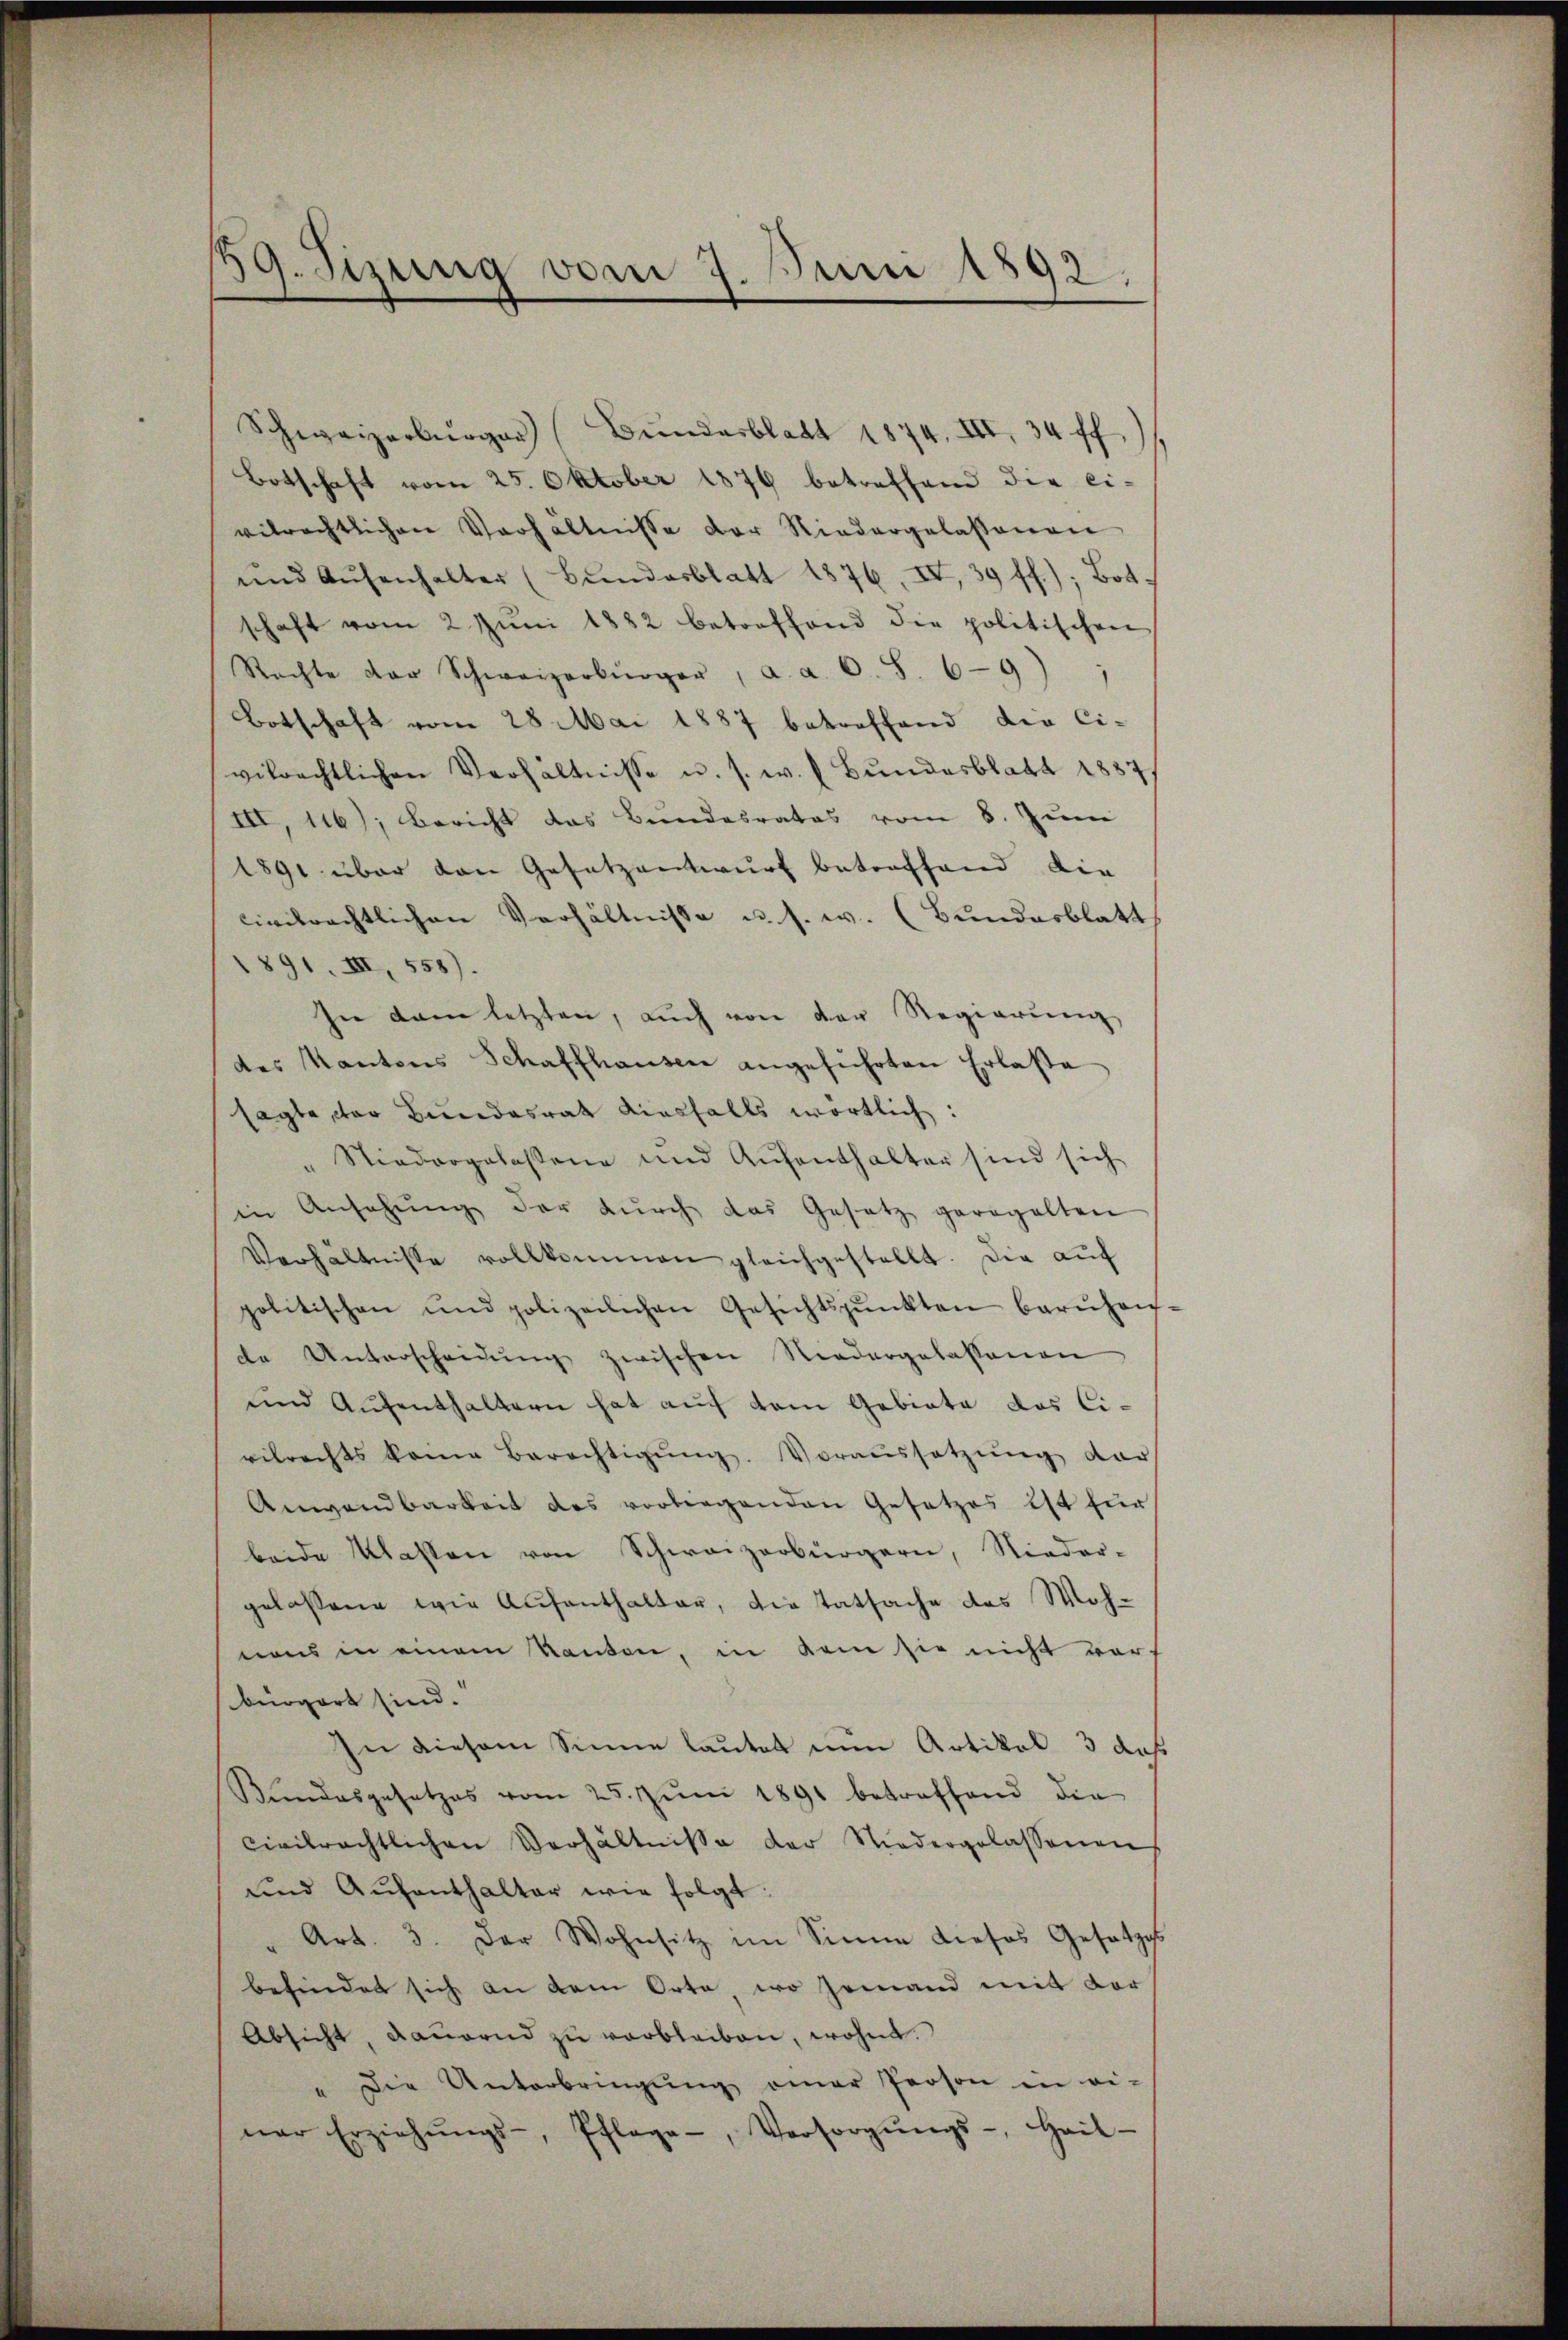
59. Sizung vom 7. Juni 1892.

Schweizerbürger (Bundesblatt 1874. III, 34 ff.
Botschaft vom 25. Oktober 1876 betreffend die ei-
vilrechtlichen Verhältnisse der Niedergelassenen
und Aŭfenhalter (Bŭndesblatt 1876, IV, 39 ff.); Bot.
schaft vom 2. Jŭni 1882 betreffend die politischen
Rechte der Schweizerbürger, a. a. O. S. 69)
Botschaft vom 28. Mai 1887 betreffend die Ci-
vilrechtlichen Verhältnisse u. s. w. Bundesblatt 1857/
III, 116); Bericht das Bundesrates vom 8. Juni
1891 über den Gesetzentwurf betreffend die
civilrechtlichen Verhältnisse u. s. w. (Bundesblatt
1891. III, 558).
In dem letzten, auch von der Regierung
des Kantons Schaffhausen angeführten Erlasse
sagte, der Bundesrat diesfalls wortlich:
" Niedergelassene und Aŭfenthalter sind sich
in Ansehung der durch das Gesetz geregelten
Verhältnisse vollkommen gleichgestellt. Die aŭf
politischen und polizeilichen Gesichtspunkten barŭhon-
de Unterscheidŭng zwischen Niedergelassenen
und Aufenthaltern hat auf dem Gebiete das Civilrechts keine Berechtigŭng. Voraŭssetzŭng der
Anwandbarkeit des vortragenden Gesetzes ist für
beide Massen von Schweizerbürgern, Nieder-
gelassene wie Aufenthalter, die Tatsache des Wohnons in einem Kanton, in kam sie nicht wor
bürgert sind.
In diesem Sinne lautet nun Artikel 3 das
Bŭndesgesetzes vom 25. Jŭni 1891 betreffend die
civilrechtlichen Verhältnisse der Niedergelassenen
und Aŭfenthalter wie folgt:
Art. 3. Der Wohnsitz im Sinne dieses Gesetzes
befindet sich an dem Orte, wo jemand mit der
Absicht, daŭernd zŭ verbleiben, wohnt.
" Die Unterbringŭng einer Person in ei
ner Erziehŭngs-, Pflage, Versorgŭngs-, Hail-